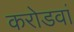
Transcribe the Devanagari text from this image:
करोडवां